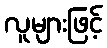
လူများဖြင့်